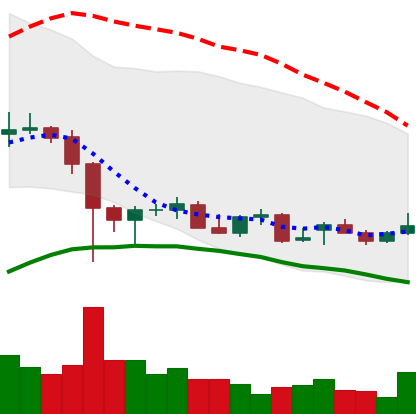
Ticker: LTC-USD
Chart end date: 2021-12-19
Forward return: 5.45%
Label: up_5_7